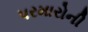
પરમારોની